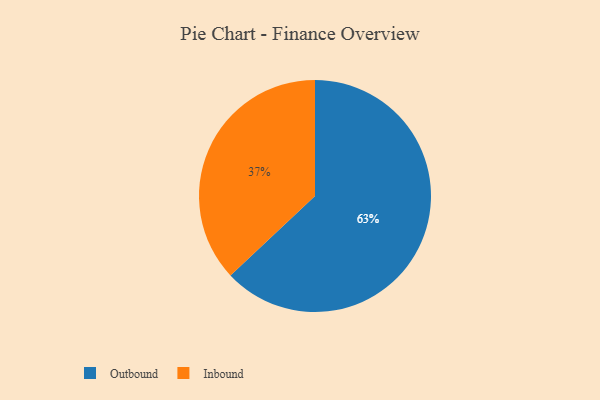
{"axis": {"x": "Category", "y": "Percentage"}, "legend": ["Inbound", "Outbound"], "data": [{"x": "Inbound", "y": 37, "type": "Inbound"}, {"x": "Outbound", "y": 63, "type": "Outbound"}]}